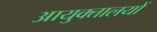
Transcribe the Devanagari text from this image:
आयुक्‍तालयों